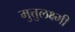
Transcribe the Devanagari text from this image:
मुत्तुलक्ष्मी